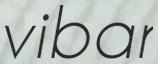
vibar